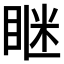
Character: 𥇆